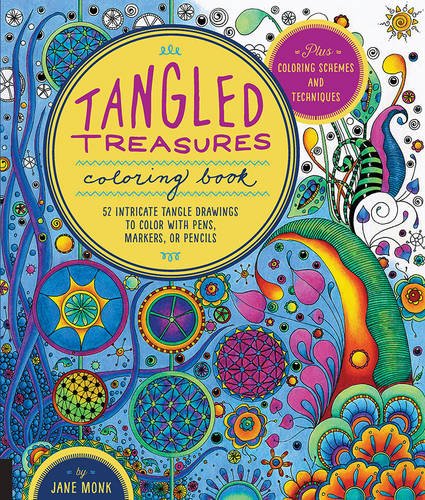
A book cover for Tangled Treasures Coloring Book: 52 Intricate Tangle Drawings to Color with Pens, Markers, or Pencils - Plus: Coloring schemes and techniques; Jane Monk; Arts & Photography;